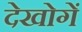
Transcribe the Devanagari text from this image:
देखोगें